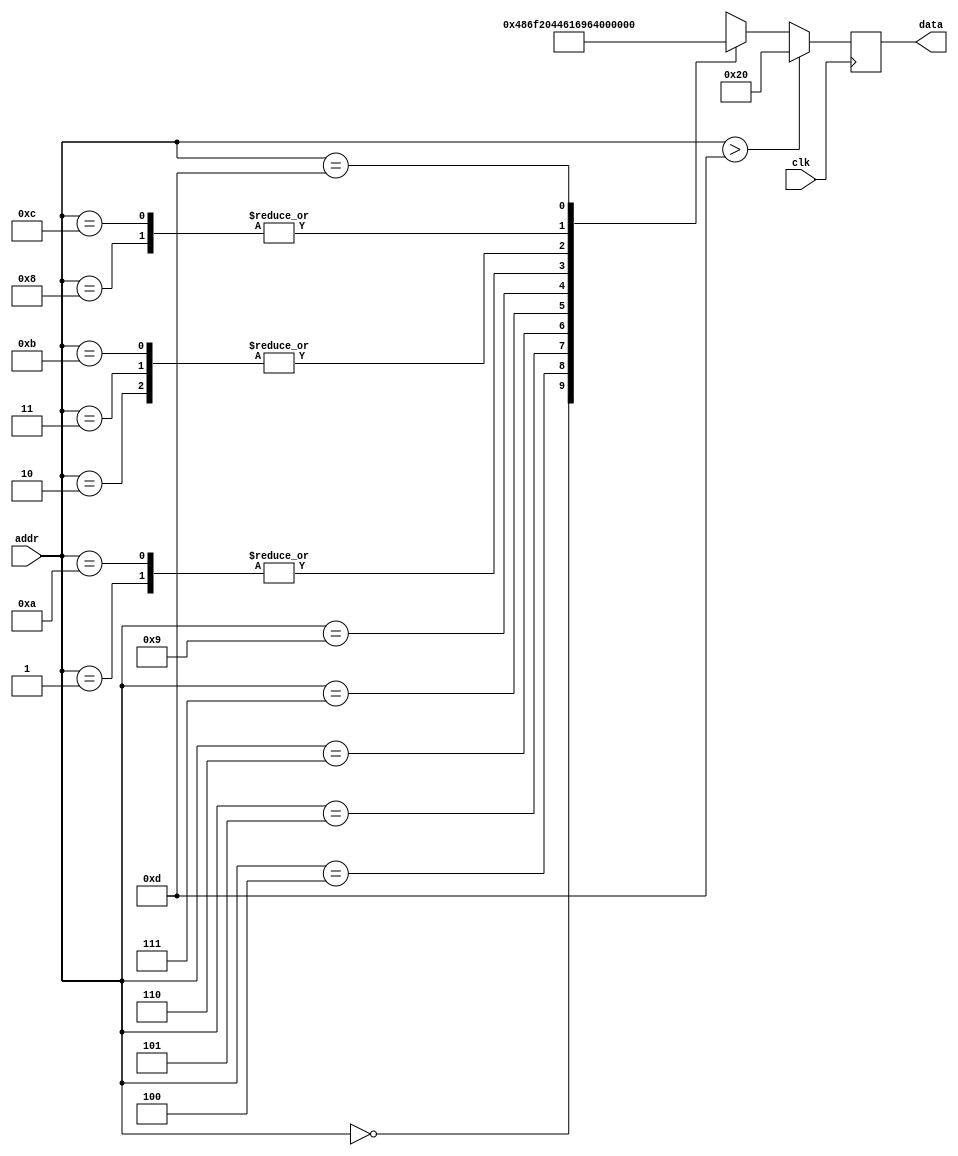
`timescale 1ns / 1ps
//////////////////////////////////////////////////////////////////////////////////
// Company: 
// Engineer: 
// 
// Design Name: 
// Module Name:    message_rom 
// Project Name: 
// Target Devices: 
// Tool versions: 
// Description: 
//
// Dependencies: 
//
// Revision: 
// Revision 0.01 - File Created
// Additional Comments: 
//
//////////////////////////////////////////////////////////////////////////////////
module message_rom (
    input clk,
    input [3:0] addr, // this can have a value ou to 15 
    output [7:0] data //this is due to the 1 byte data that equals 8 bits
  );
 
  wire [7:0] rom_data [13:0];
 
  assign rom_data[0] = "H";
  assign rom_data[1] = "e";
  assign rom_data[2] = "l";
  assign rom_data[3] = "l";
  assign rom_data[4] = "o";
  assign rom_data[5] = " ";
  assign rom_data[6] = "D";
  assign rom_data[7] = "a";
  assign rom_data[8] = "n";
  assign rom_data[9] = "i";
  assign rom_data[10] = "e";
  assign rom_data[11] = "l";
  assign rom_data[12] = "\n";
  assign rom_data[13] = "\r";
 
  reg [7:0] data_d, data_q;
 
  assign data = data_q;
 
 // this part of the code is to provide a default case when addr goes up to 13 (out of boundaries) 
 // since addr can have a value up to 15 it goes out of boundaries for 14 and 15
  always @(*) begin
    if (addr > 4'd13)
      data_d = " ";
    else
      data_d = rom_data[addr];
  end
 
  always @(posedge clk) begin
    data_q <= data_d;
  end
 
endmodule